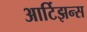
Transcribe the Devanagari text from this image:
आर्टिझन्स